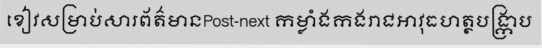
ខៀវសម្រាប់សារព័ត៌មានPost-next កម្លាំងកងរាជអាវុធហត្ថបង្ក្រាប